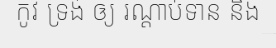
កូវ ទ្រង់ ឲ្យ រណ្តាប់ទាន នឹង